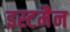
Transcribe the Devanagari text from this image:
इस्टमैन